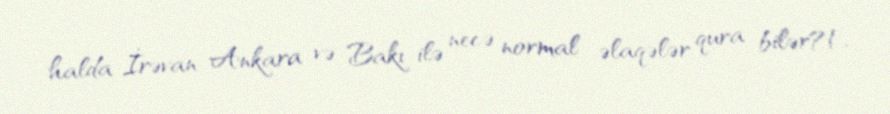
halda İrəvan Ankara və Bakı ilə necə normal əlaqələr qura bilər?!.